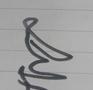
Signature authenticity: genuine